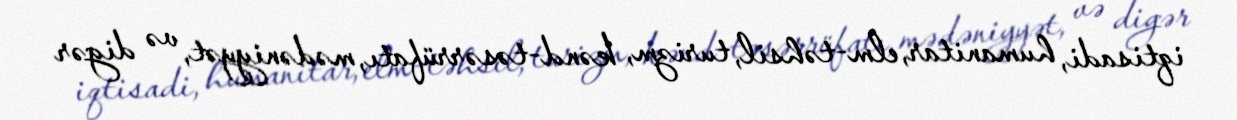
iqtisadi, humanitar, elm-təhsil, turizm, kənd-təsərrüfatı, mədəniyyət, və digər